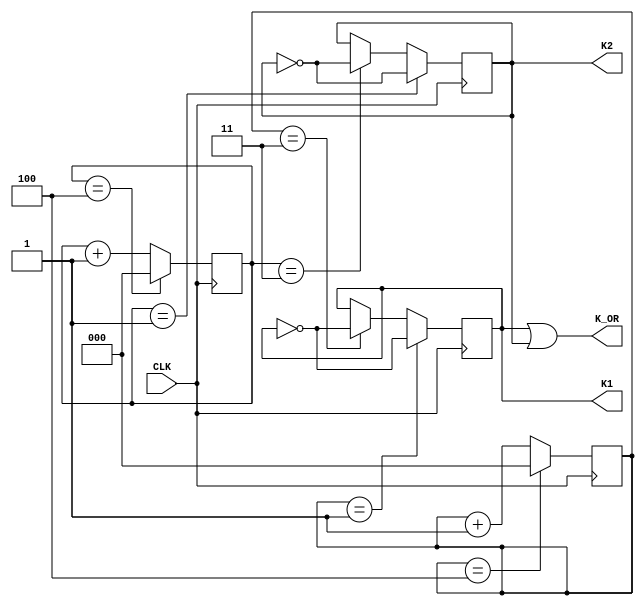
module FDIV3(input CLK,output K_OR,K1,K2);
 reg[2:0] C1,C2; reg M1,M2;
always@(posedge CLK) begin
 if(C1==4)  C1<=0;  else C1<=C1+1;
 if(C1==1)  M1<=~M1; else if(C1==3) M1=~M1; end
always@(negedge CLK)  begin
if(C2==4) C2<=0; else C2<=C2+1;
if(C2==1) M2<=~M2; else if(C2==3) M2=~M2; end
assign K1=M1; assign K2=M2;
assign K_OR=M1|M2;
endmodule